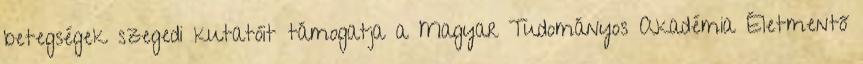
betegségek szegedi kutatóit támogatja a Magyar Tudományos Akadémia Életmentő